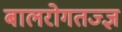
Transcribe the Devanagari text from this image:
बालरोगतज्‍ज्ञ